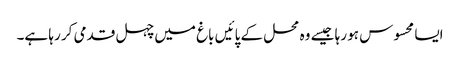
ایسا محسوس ہو رہا جیسے وہ محل کے پائیں باغ میں چہل قدمی کر رہا ہے۔